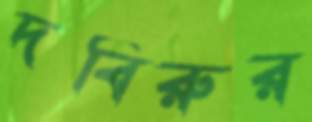
দবিরুর